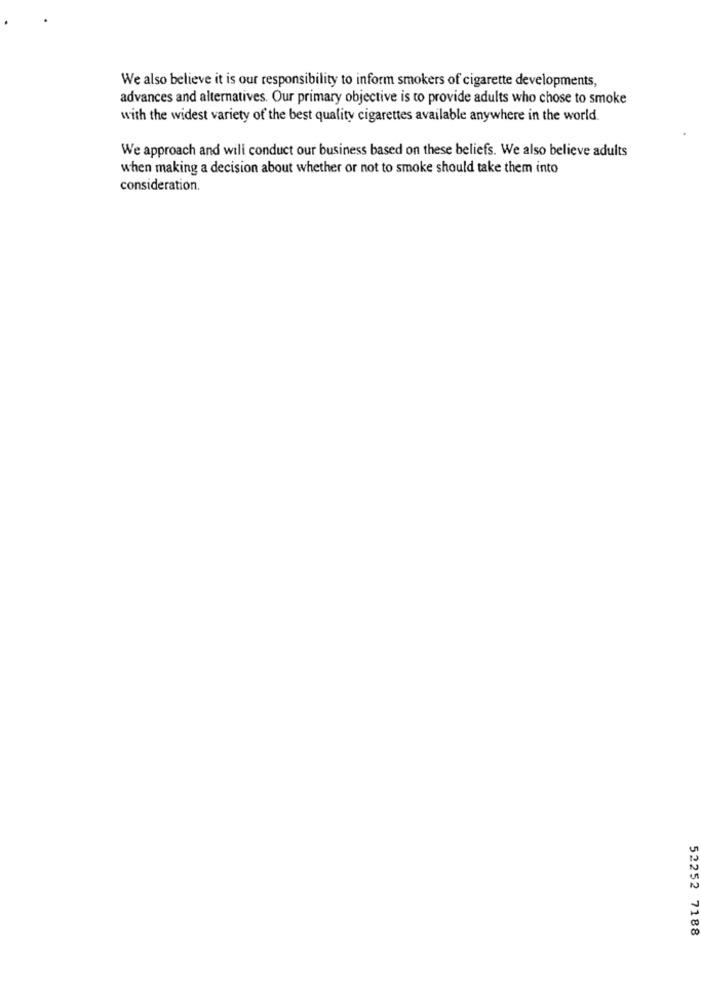
We also believe it is our responsibility to inform smokers of cigarette developments,
advances and alternatives. Our primary objective is to provide adults who chose to smoke
with the widest variety of the best quality cigarettes available anywhere in the world.
We approach and will conduct our business based on these beliefs. We also believe adults
when making a decision about whether or not to smoke should take them into
consideration.
52252 7188